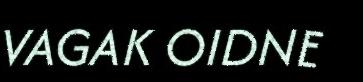
VAGAK OIDNE